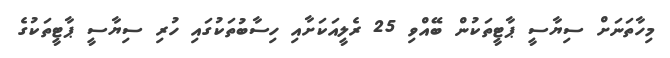
މިހާތަނަށް ސިޔާސީ ޕާޓީތަކުން ބޭއްވި 25 ރެލީއަކަށާއި ހިސާބުތަކުގައި ހުރި ސިޔާސީ ޕާޓީތަކުގެ